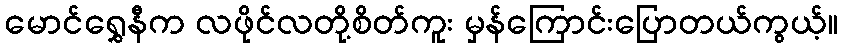
မောင်ရွှေနီက လဖိုင်လတို့စိတ်ကူး မှန်ကြောင်းပြောတယ်ကွယ့်။